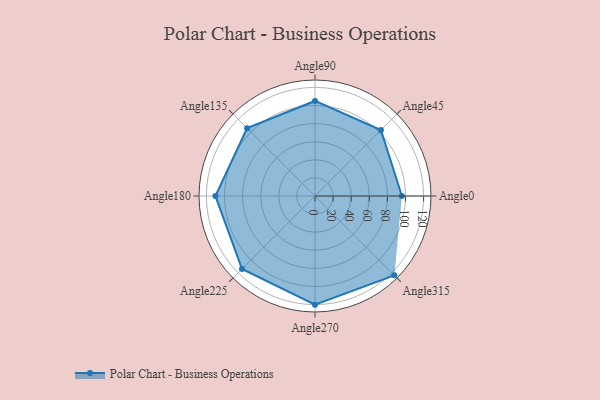
{"axis": {"x": "Angle", "y": "Radius"}, "legend": [""], "data": [{"x": "Angle0", "y": 96.0, "type": ""}, {"x": "Angle45", "y": 103.0, "type": ""}, {"x": "Angle90", "y": 105.0, "type": ""}, {"x": "Angle135", "y": 106.0, "type": ""}, {"x": "Angle180", "y": 110.0, "type": ""}, {"x": "Angle225", "y": 114.0, "type": ""}, {"x": "Angle270", "y": 120.0, "type": ""}, {"x": "Angle315", "y": 124.0, "type": ""}]}